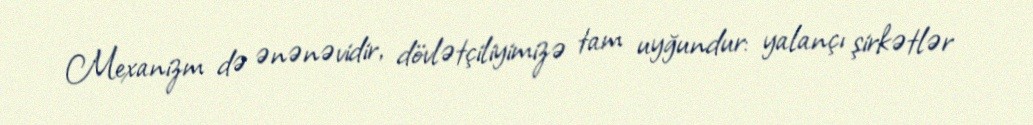
Mexanizm də ənənəvidir, dövlətçiliyimizə tam uyğundur: yalançı şirkətlər